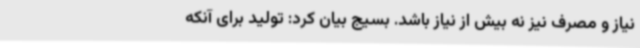
نیاز و مصرف نیز نه بیش از نیاز باشد. بسیج بیان کرد: تولید برای آنکه